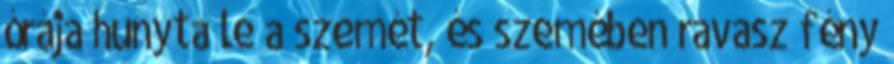
órája hunyta le a szemét, és szemében ravasz fény